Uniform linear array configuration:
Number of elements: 8
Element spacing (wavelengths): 0.25
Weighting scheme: blackman
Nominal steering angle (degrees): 0
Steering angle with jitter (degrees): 0.3687
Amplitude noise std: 0.05
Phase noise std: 0.05

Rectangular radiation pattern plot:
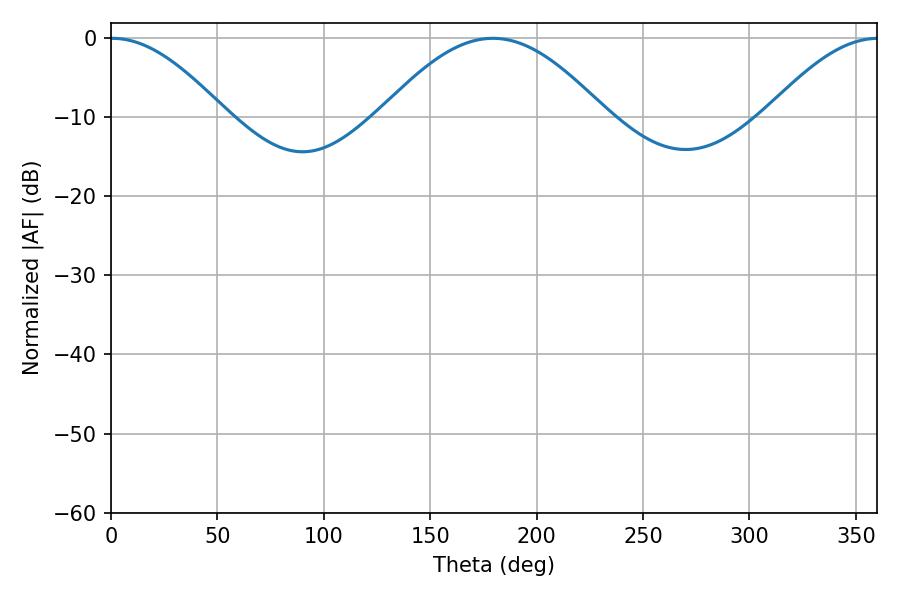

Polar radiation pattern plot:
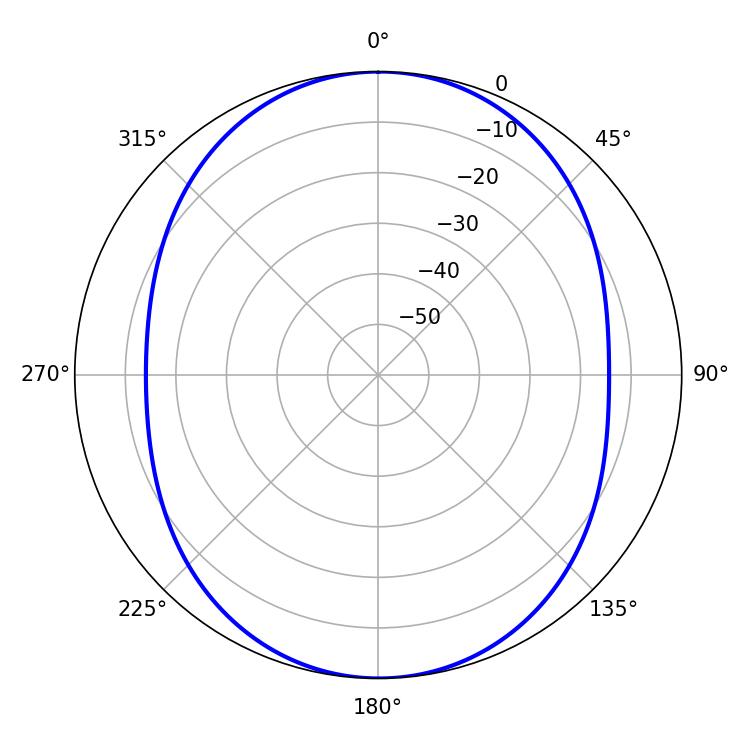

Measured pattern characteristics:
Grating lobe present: FALSE
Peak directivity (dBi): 21.114
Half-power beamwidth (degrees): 29.16
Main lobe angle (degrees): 0.54